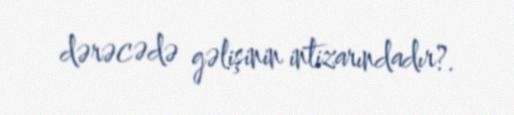
dərəcədə gəlişinin intizarındadır?.